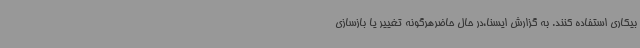
بیکاری استفاده کنند. به گزارش ایسنا،در حال حاضرهرگونه تغییر یا بازسازی